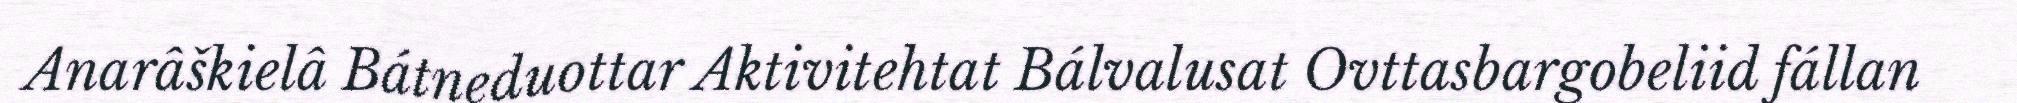
Anarâškielâ Bátneduottar Aktivitehtat Bálvalusat Ovttasbargobeliid fállan